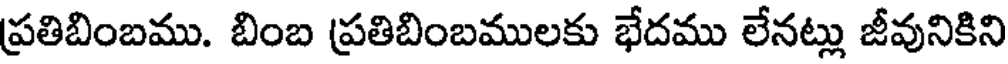
ప్రతిబింబము. బింబ ప్రతిబింబములకు భేదము లేనట్లు జీవునికిని